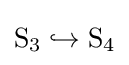
\mathrm {S} _{3}\hookrightarrow \mathrm {S} _{4}